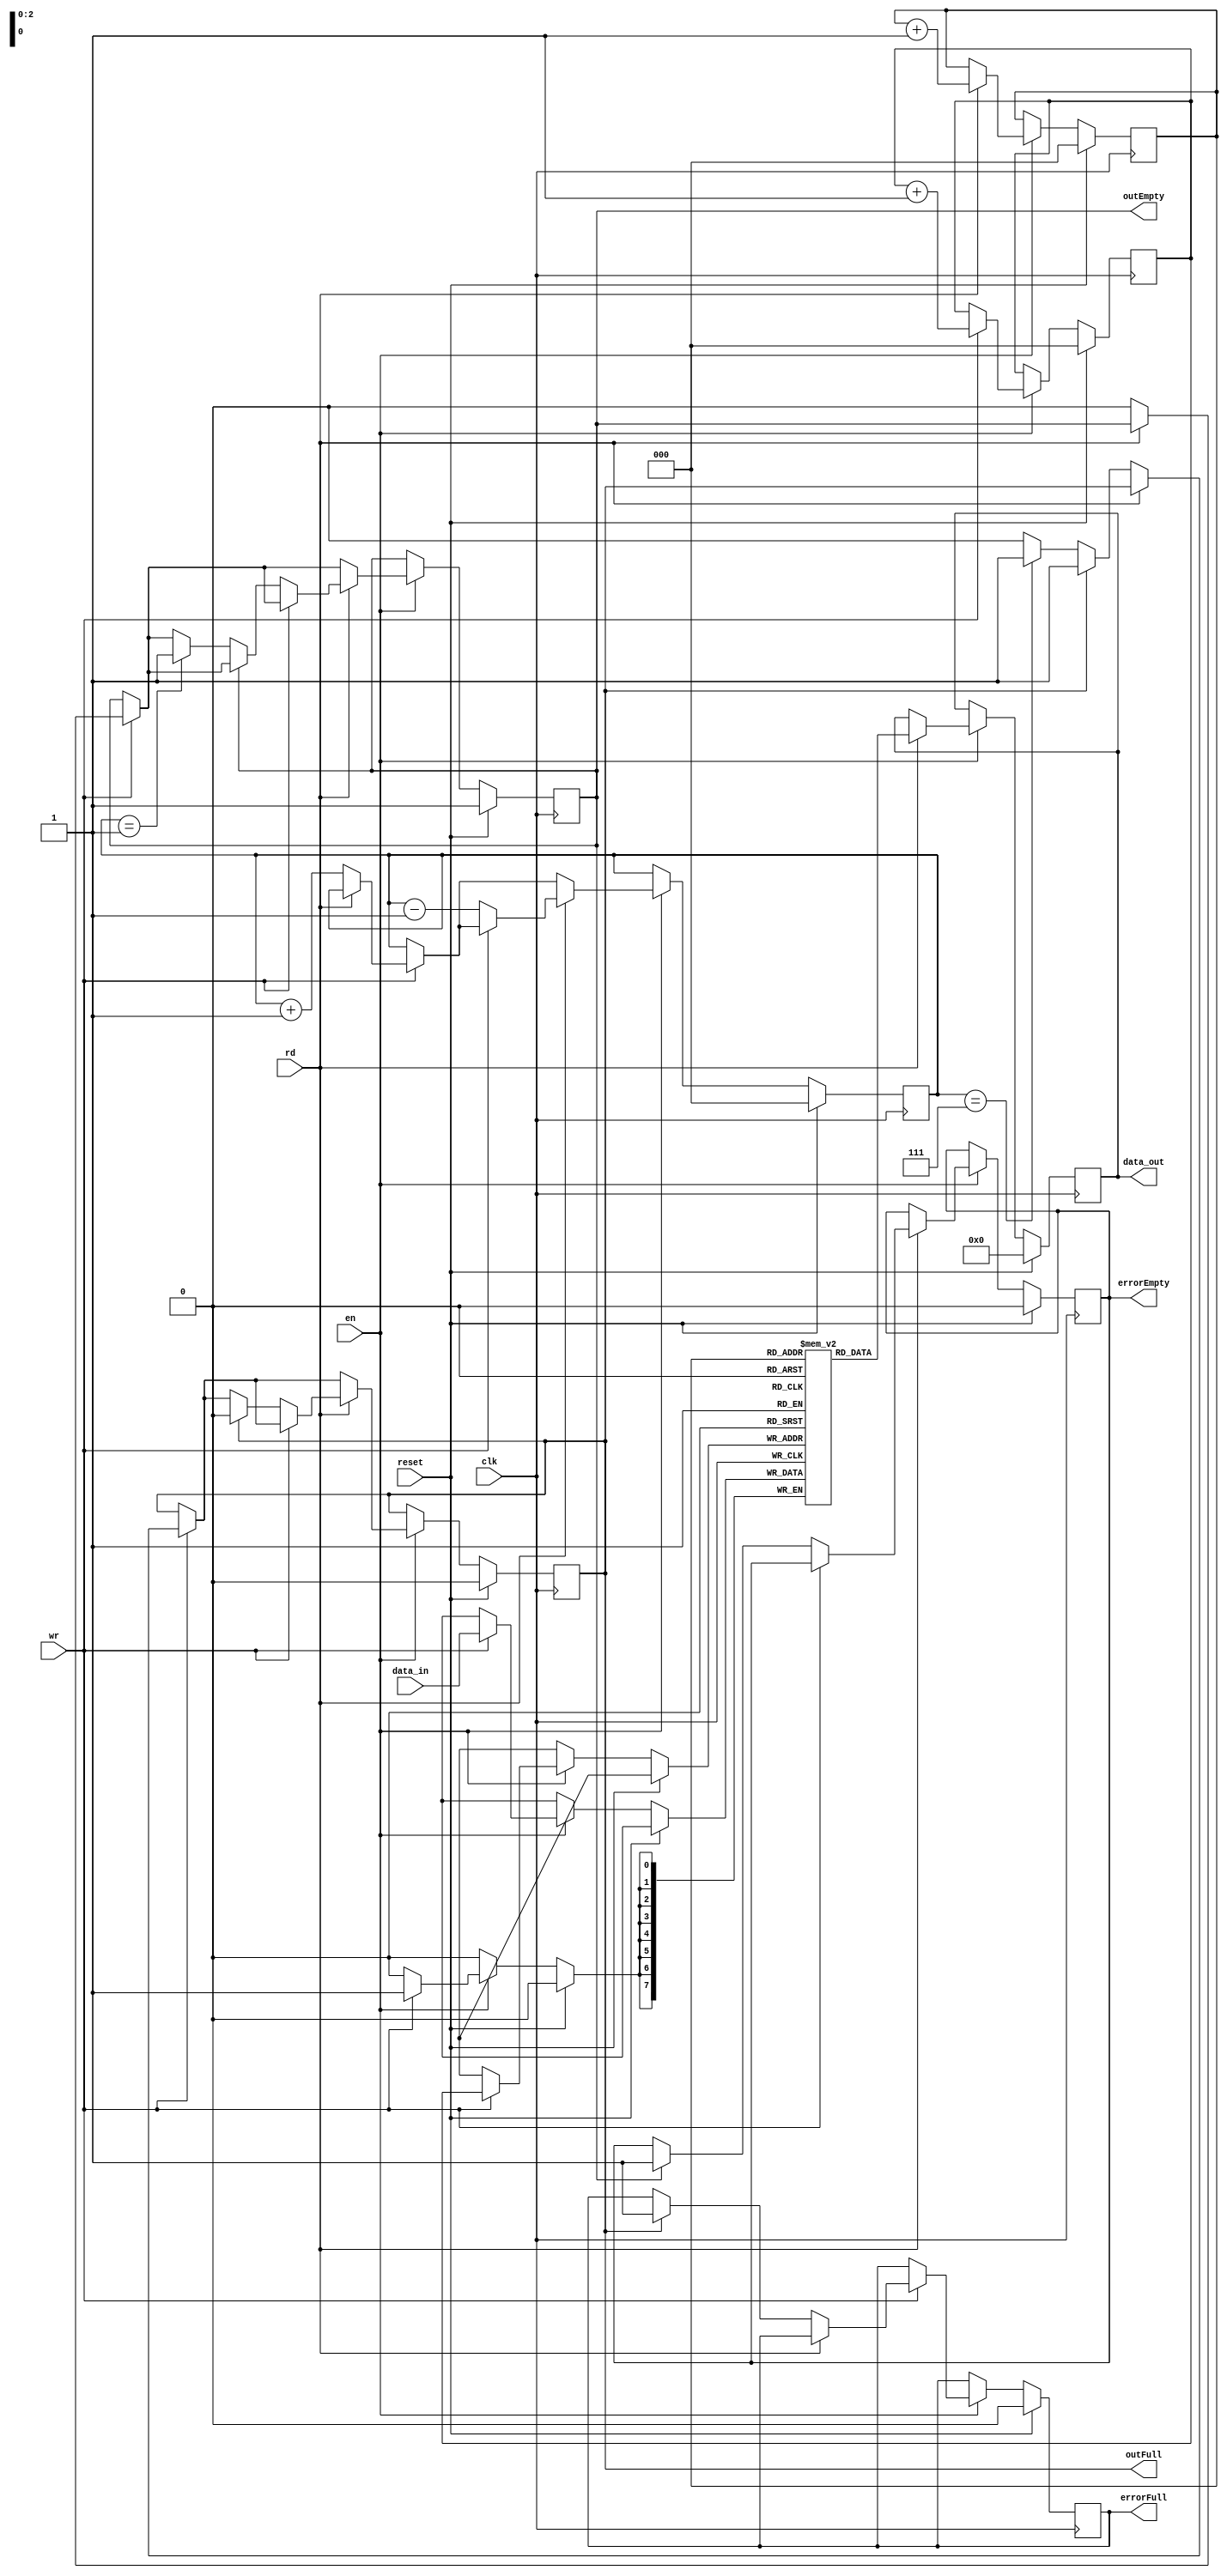
module fifo_cond #(parameter DATA_WIDTH = 8, parameter ADDRESS_WIDTH = 3, parameter BUFFER_DEPTH = 8)
(
  input clk,            // Reloj
  input en,            // Enable
  input reset,            // Reset
  input rd,             // Seal que indica lectura
  input wr,             // Seal que indica escritura
  input [DATA_WIDTH-1:0] data_in,       // Datos que se quieren escribir

  output reg outEmpty,
  output reg outFull,
  output reg errorEmpty,
  output reg errorFull,
  output reg [DATA_WIDTH-1:0] data_out
  );

  reg [ADDRESS_WIDTH-1:0] ptrWr;  // Puntero de la escritura
  reg [ADDRESS_WIDTH-1:0] ptrRd;  // Puntero de la lectura
  reg [ADDRESS_WIDTH-1:0] wr_counter; // Cantidad de valores escritos

  reg [DATA_WIDTH-1:0] buffer [BUFFER_DEPTH-1:0]; // Se crea la memoria

  always @ ( posedge clk ) begin
    if (reset) begin  // Todas las salidas a cero
      outEmpty <= 1;
      outFull <= 0;
      errorEmpty <= 0;
      errorFull <= 0;
      data_out <= 0;

      ptrWr <= 0;
      ptrRd <= 0;
      wr_counter <= 0;
    end

    else begin
    if (en) begin

      if (wr) begin
        buffer[ptrWr] <= data_in;
        ptrWr <= ptrWr + 1;           // Se corre el puntero
        if (!rd) begin             // Si no se lee el recin escrito
          if(outEmpty) begin          // *Lneas tentativas
            outEmpty <= 0;            // *
          end                         // *
          if (outFull) begin          // Si el buffer ya est lleno tire error
            errorFull <= 1;
          end
          else begin
            if (wr_counter == DATA_WIDTH-1) begin // Se llena el buffer
              outFull <= 1;
            end
          end
          wr_counter <= wr_counter + 1;
        end
      end // fin del write

      if (rd) begin
        data_out <= buffer[ptrRd]; // La salida es el primer elemento en el fifo
        ptrRd <= ptrRd + 1;

        if (!wr) begin
          if (outFull) begin
            outFull <= 0;
          end
          if (outEmpty) begin
            errorEmpty <= 1;
          end
          else begin
            if (wr_counter == 1) begin
              outEmpty <= 1;
            end
          end
          wr_counter <= wr_counter - 1;
          end
        end
      end
    end // fin del reset
  end // fin del always
endmodule //fifo_cond